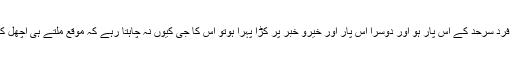
مگر گھر کا ایک فرد سرحد کے اس پار ہو اور دوسرا اس پار اور خیرو خبر پر کڑا پہرا ہوتو اس کا جی کیوں نہ چاہتا رہے کہ موقع ملتے ہی اچھل کر ادھر جاپہنچے۔